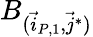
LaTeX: B_{(\vec{i}_{P,1},\vec{j}^{*})}